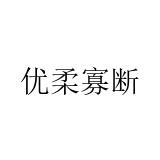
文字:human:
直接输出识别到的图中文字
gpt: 优柔寡断